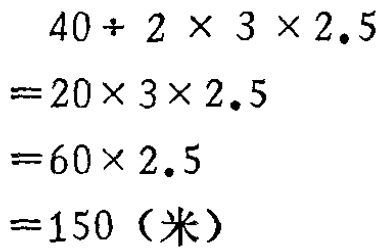
\[
\begin{align*}
&40\div 2\times 3\times 2.5\\
=&20\times 3\times 2.5\\
=&60\times 2.5\\
=&150 (\text{米})
\end{align*}
\]